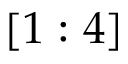
[ 1 : 4 ]